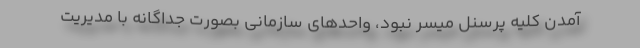
آمدن کلیه پرسنل میسر نبود، واحدهای سازمانی بصورت جداگانه با مدیریت